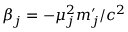
\beta _ { j } = - \mu _ { j } ^ { 2 } m _ { j } ^ { \prime } / c ^ { 2 }